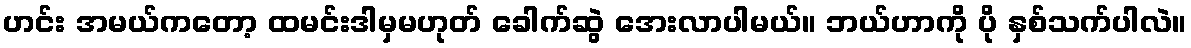
ဟင်း အမယ်ကတော့ ထမင်းဒါမှမဟုတ် ခေါက်ဆွဲ အေးလာပါမယ်။ ဘယ်ဟာကို ပို နှစ်သက်ပါလဲ။